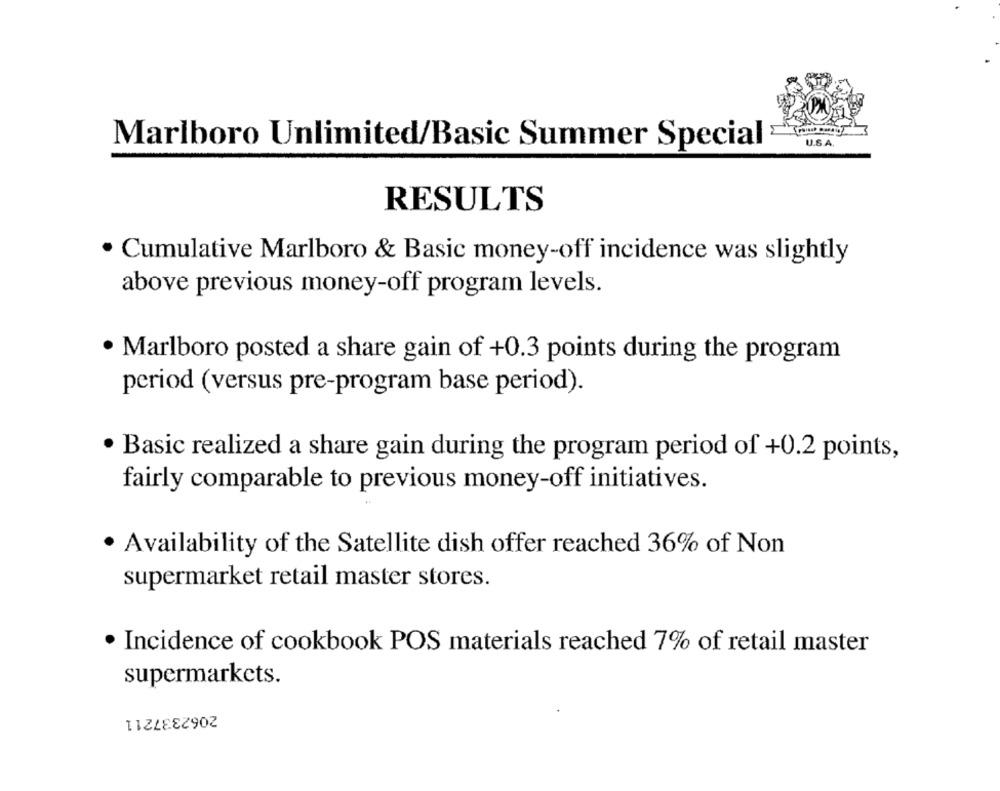
U.S.A.
Marlboro Unlimited/Basic Summer Special
RESULTS
· Cumulative Marlboro & Basic money-off incidence was slightly
above previous money-off program levels.
Marlboro posted a share gain of +0.3 points during the program
period (versus pre-program base period).
Basic realized a share gain during the program period of +0.2 points,
fairly comparable to previous money-off initiatives.
Availability of the Satellite dish offer reached 36% of Non
supermarket retail master stores.
Incidence of cookbook POS materials reached 7% of retail master
supermarkets.
2062337211